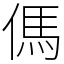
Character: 傌